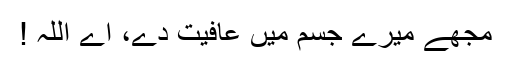
مجھے میرے جسم میں عافیت دے، اے اللہ !